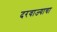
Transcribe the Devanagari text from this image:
दरवाज्याचा